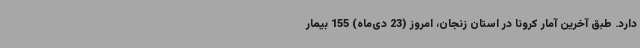
دارد. طبق آخرین آمار کرونا در استان زنجان، امروز (23 دی‌ماه) 155 بیمار